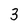
Character: 3